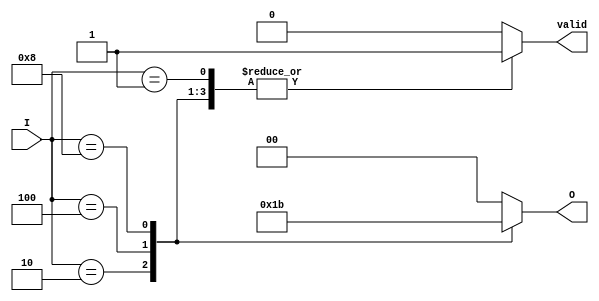
module binary_encoder (
    input wire [3:0] I,      // 4 input lines
    output reg [1:0] O,      // 2 output lines
    output reg valid          // Indicates valid output
);

    always @(*) begin
        // Default output
        O = 2'b00; // Default to 0
        valid = 1'b0; // Default to invalid

        case (I)
            4'b0001: begin O = 2'b00; valid = 1'b1; end // I0 active
            4'b0010: begin O = 2'b01; valid = 1'b1; end // I1 active
            4'b0100: begin O = 2'b10; valid = 1'b1; end // I2 active
            4'b1000: begin O = 2'b11; valid = 1'b1; end // I3 active
            default: begin
                // If multiple inputs are active or none are active
                O = 2'b00; // Default output when invalid
                valid = 1'b0; // No valid output
            end
        endcase
    end

endmodule